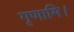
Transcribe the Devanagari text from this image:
गृणामि।